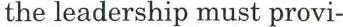
the leadership must provi-